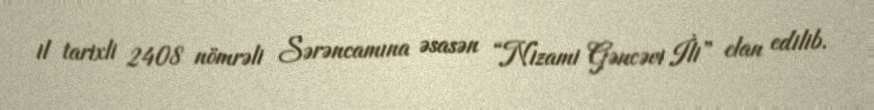
il tarixli 2408 nömrəli Sərəncamına əsasən “Nizami Gəncəvi İli” elan edilib.